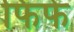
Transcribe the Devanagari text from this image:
फिफे